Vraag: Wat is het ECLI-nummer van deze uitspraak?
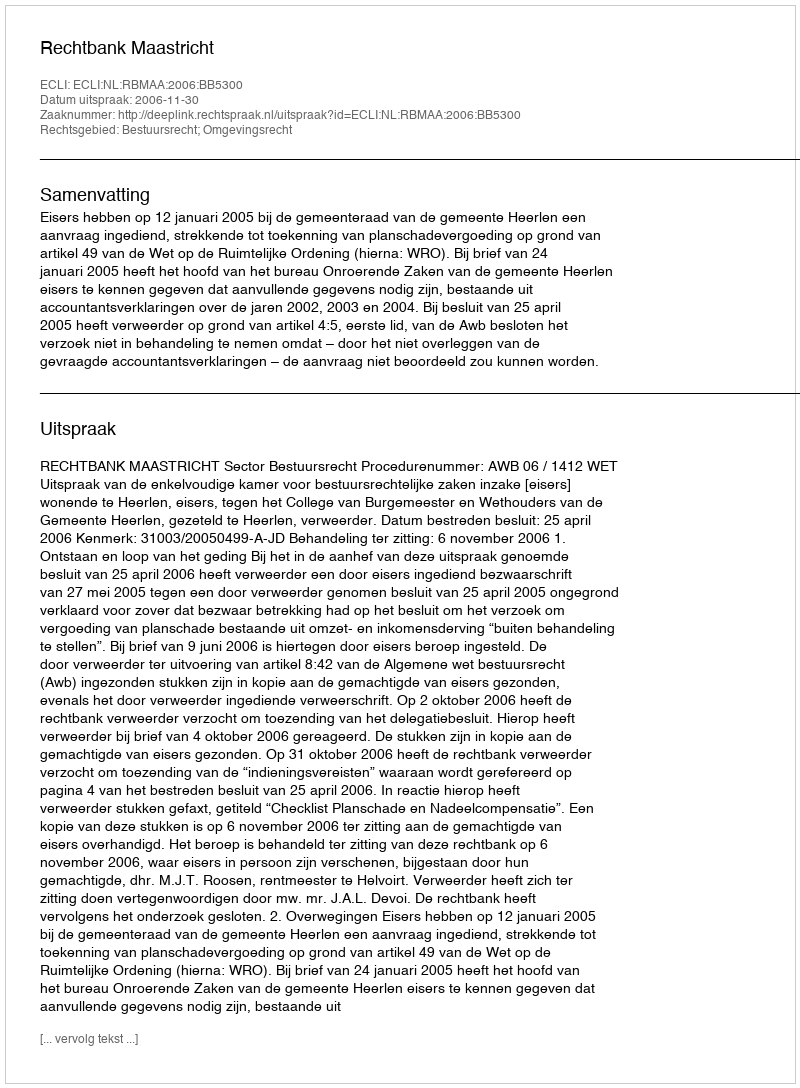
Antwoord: ECLI:NL:RBMAA:2006:BB5300